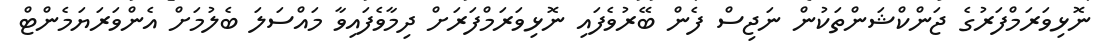
ނޮޅިވަރަމްފަރުގެ ޖަންކްޝަންތަކުން ނަޖިސް ފެން ބޭރުވެފައި ނޮޅިވަރަމްފަރަށް ދިމާވެފައިވާ މައްސަލަ ބެލުމަށް އެންވަރަޔަމެންޓް